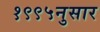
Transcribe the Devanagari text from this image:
१९९५नुसार